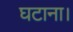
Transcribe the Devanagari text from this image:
घटाना।